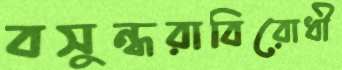
বসুন্ধরাবিরোধী